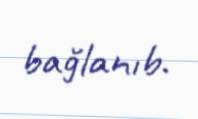
bağlanıb.